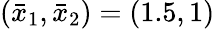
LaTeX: (\bar{x}_{1},\bar{x}_{2})=(1.5,1)